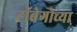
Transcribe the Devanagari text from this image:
टॉबेगोच्या